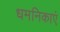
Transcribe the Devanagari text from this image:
धमनिकाएं